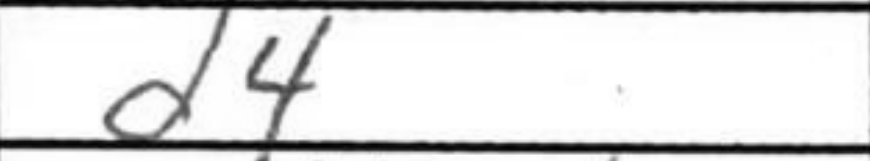
Transcription: d4